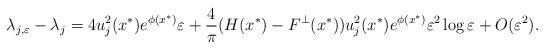
LaTeX: \begin{align*}\lambda_{j,\varepsilon} - \lambda_j &= 4u_j^2(x^*) e^{\phi(x^*)} \varepsilon + \frac{4}{\pi} (H(x^*)-F^\perp(x^*)) u_j^2(x^*) e^{\phi(x^*)} \varepsilon^2\log\varepsilon + O(\varepsilon^2).\end{align*}